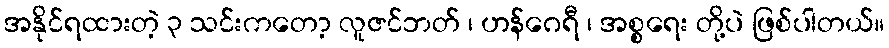
အနိုင်ရထားတဲ့ ၃ သင်းကတော့ လူဇင်ဘတ် ၊ ဟန်ဂေရီ ၊ အစ္စရေး တို့ပဲ ဖြစ်ပါတယ်။